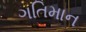
ગતિમાન